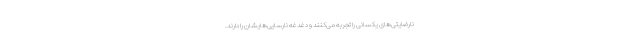
نارضایتی‌های یکسانی را تجربه می‌کنند و دغدغهٔ نارسایی‌هایشان را دارند.